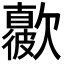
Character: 𣤳